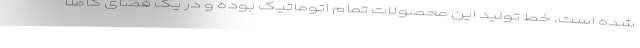
شده است. خط تولید این محصولات تمام اتوماتیک بوده و در یک فضای کاملا